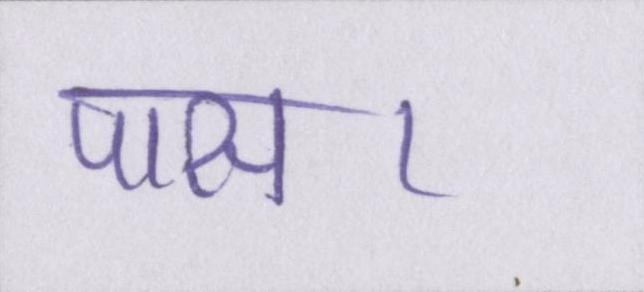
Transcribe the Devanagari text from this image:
पास।